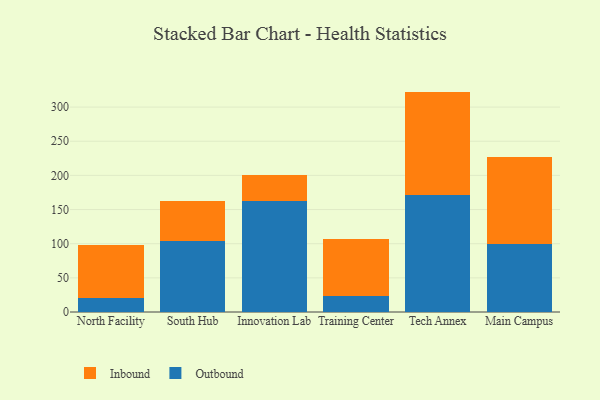
{"axis": {"x": "Campus", "y": "Operating Costs (USD K)"}, "legend": ["Inbound", "Outbound"], "data": [{"x": "North Facility", "y": 19.9, "type": "Outbound"}, {"x": "North Facility", "y": 78.3, "type": "Inbound"}, {"x": "South Hub", "y": 104.1, "type": "Outbound"}, {"x": "South Hub", "y": 58.8, "type": "Inbound"}, {"x": "Innovation Lab", "y": 162.1, "type": "Outbound"}, {"x": "Innovation Lab", "y": 38.4, "type": "Inbound"}, {"x": "Training Center", "y": 23.7, "type": "Outbound"}, {"x": "Training Center", "y": 82.8, "type": "Inbound"}, {"x": "Tech Annex", "y": 172.0, "type": "Outbound"}, {"x": "Tech Annex", "y": 150.7, "type": "Inbound"}, {"x": "Main Campus", "y": 100.1, "type": "Outbound"}, {"x": "Main Campus", "y": 126.5, "type": "Inbound"}]}